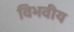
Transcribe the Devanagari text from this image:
विभवीय